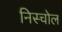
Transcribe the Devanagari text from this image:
निस्चोल